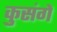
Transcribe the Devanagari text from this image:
कुसंगें